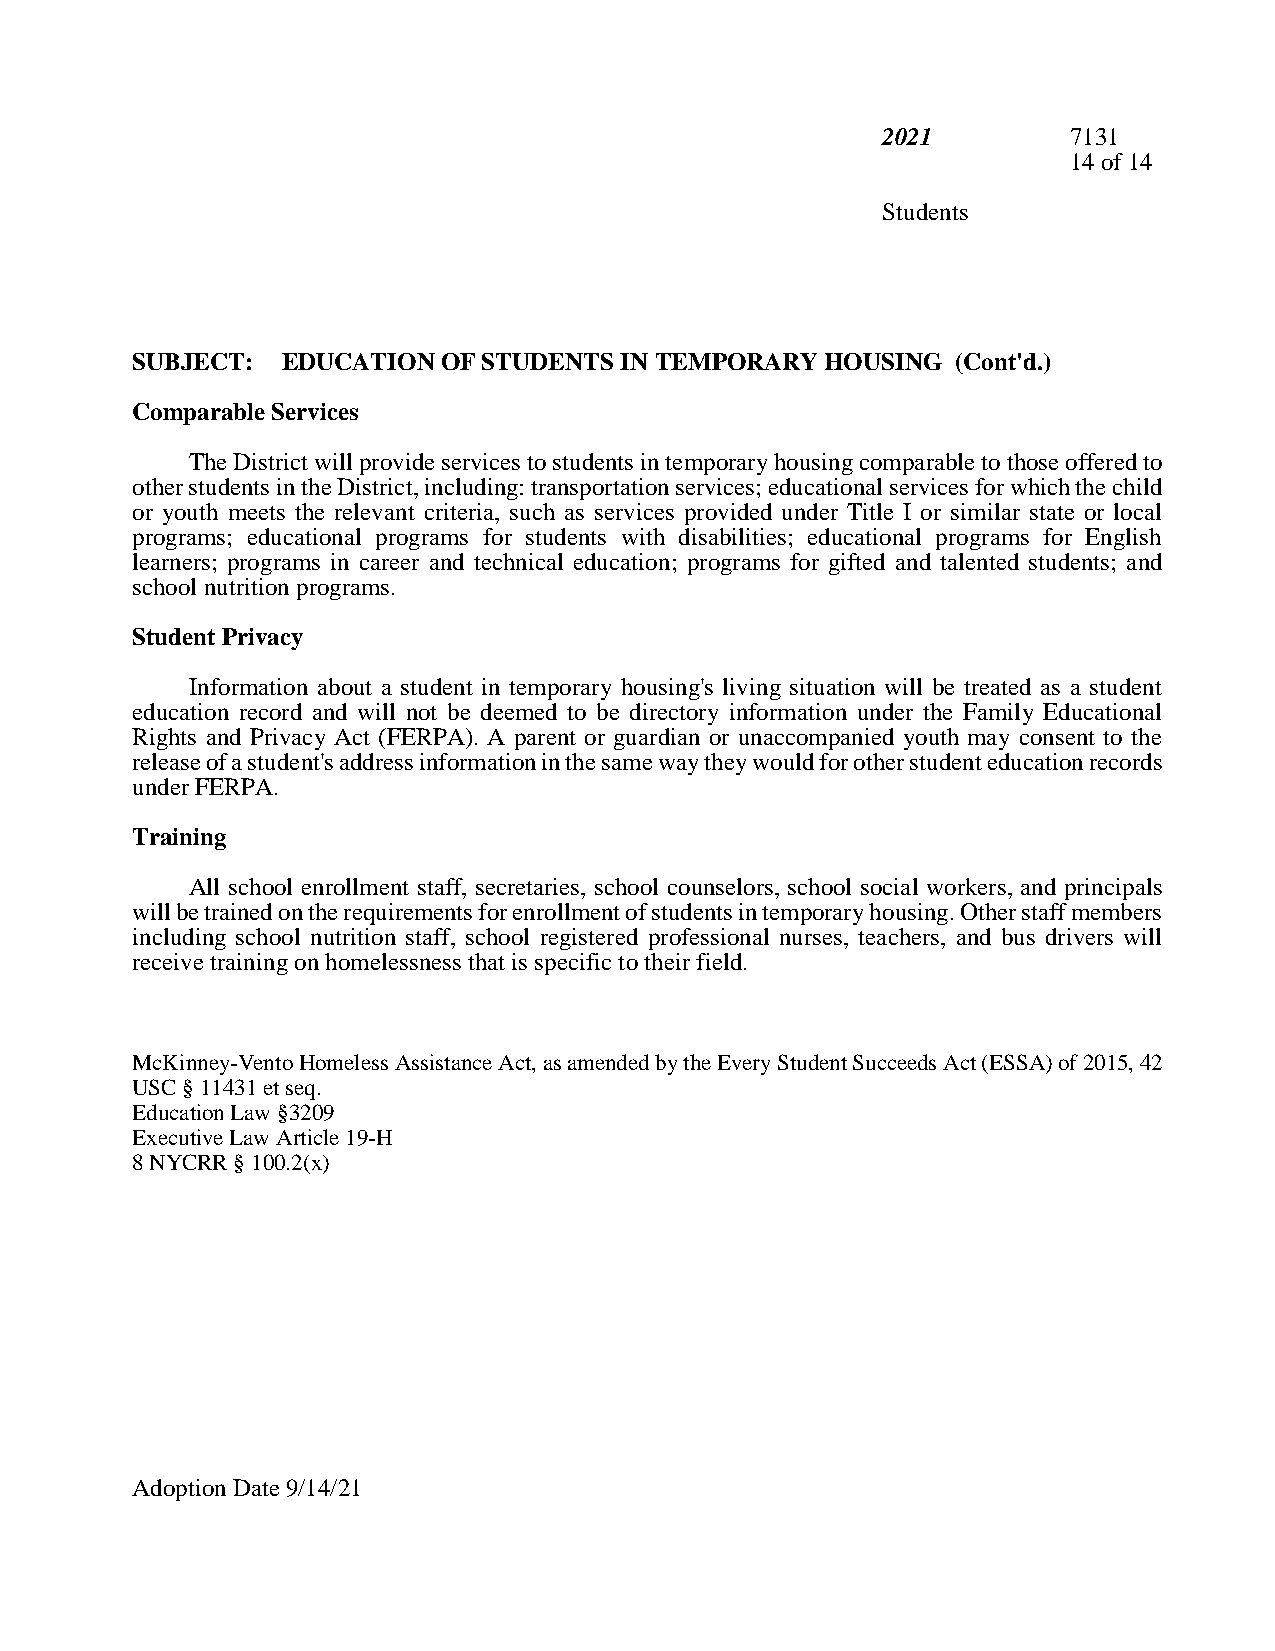
2021         7131
 14 of 14
 Students
 SUBJECT:  EDUCATION OF STUDENTS IN TEMPORARY  HOUSING (Cont'd.)
 Comparable Services
 The District will provide services to students in temporary housing comparable to those offered to
 other students in the District, including: transportation services; educational services for which the child
 or youth meets the relevant criteria, such as services provided under Title I or similar state or local
 programs; educational programs for students with disabilities; educational programs for English
 learners; programs in career and technical education; programs for gifted and talented students; and
 school nutrition programs.
 Student Privacy
 Information about a student in temporary housing's living situation will be treated as a student
 education record and will not be deemed to be directory information under the Family Educational
 Rights and Privacy Act (FERPA). A parent or guardian or unaccompanied youth may consent to the
 release of a student's address information in the same way they would for other student education records
 under FERPA.
 Training
 All school enrollment staff, secretaries, school counselors, school social workers, and principals
 will be trained on the requirements for enrollment of students in temporary housing. Other staff members
 including school nutrition staff, school registered professional nurses, teachers, and bus drivers will
 receive training on homelessness that is specific to their field.
 McKinney-Vento Homeless Assistance Act, as amended by the Every Student Succeeds Act (ESSA) of 2015, 42
 USC § 11431 et seq.
 Education Law §3209
 Executive Law Article 19-H
 8 NYCRR § 100.2(x)
 Adoption Date 9/14/21